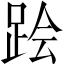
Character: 𲃟